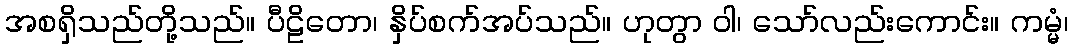
အစရှိသည်တို့သည်။ ပီဠိတော၊ နှိပ်စက်အပ်သည်။ ဟုတွာ ဝါ၊ သော်လည်းကောင်း။ ကမ္မံ၊